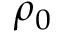
\rho _ { 0 }